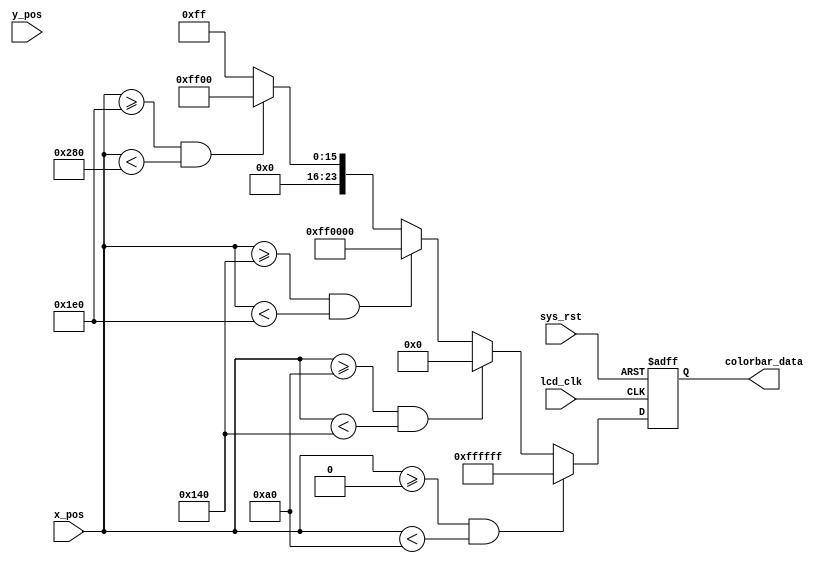
`timescale 1ns / 1ps
//////////////////////////////////////////////////////////////////////////////////
// Company: 
// Engineer: 
// 
// Design Name: 
// Module Name: lcd_display
// Project Name: 
// Target Devices: 
// Tool Versions: 
// Description: 
// 
// Dependencies: 
// 
// Revision:
// Revision 0.01 - File Created
// Additional Comments:
// 
//////////////////////////////////////////////////////////////////////////////////


module lcd_display(
    input                lcd_clk,    //
    input                sys_rst,       //
    input        [10:0]  x_pos,  //
    input        [10:0]  y_pos,  //  
    output  reg  [23:0]  colorbar_data   //
    );

//parameter define  
parameter WHITE = 24'hFFFFFF;  //
parameter BLACK = 24'h000000;  //
parameter RED   = 24'hFF0000;  //
parameter GREEN = 24'h00FF00;  //
parameter BLUE  = 24'h0000FF;  //

parameter  H_DISP_4384  = 11'd800;
parameter  V_DISP_4384  = 11'd480;

//
always @(posedge lcd_clk or negedge sys_rst) begin
    if(!sys_rst)
        colorbar_data <= BLACK;
    else begin
        if((x_pos >= 11'd0) && (x_pos < H_DISP_4384/5*1))
            colorbar_data <= WHITE;
        else if((x_pos >= H_DISP_4384/5*1) && (x_pos < H_DISP_4384/5*2))    
            colorbar_data <= BLACK;
        else if((x_pos >= H_DISP_4384/5*2) && (x_pos < H_DISP_4384/5*3))    
            colorbar_data <= RED;   
        else if((x_pos >= H_DISP_4384/5*3) && (x_pos < H_DISP_4384/5*4))    
            colorbar_data <= GREEN;                
        else 
            colorbar_data <= BLUE;      
    end    
end
  
endmodule